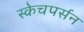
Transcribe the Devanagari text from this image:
स्केचपर्सन